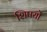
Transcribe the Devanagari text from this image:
शिषयों